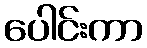
ပေါင်းကာ